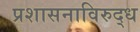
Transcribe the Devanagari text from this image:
प्रशासनाविरुद्ध